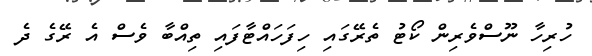
ހުރިހާ ނޫސްވެރިން ކޯޓު ތެރޭގައި ހިފަހައްޓާފައި ތިއްބާ ވެސް އެ ރޭގެ ދެ